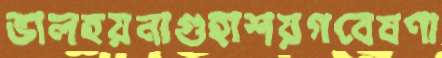
ভালহয়নাগুহাশয়গবেষণা